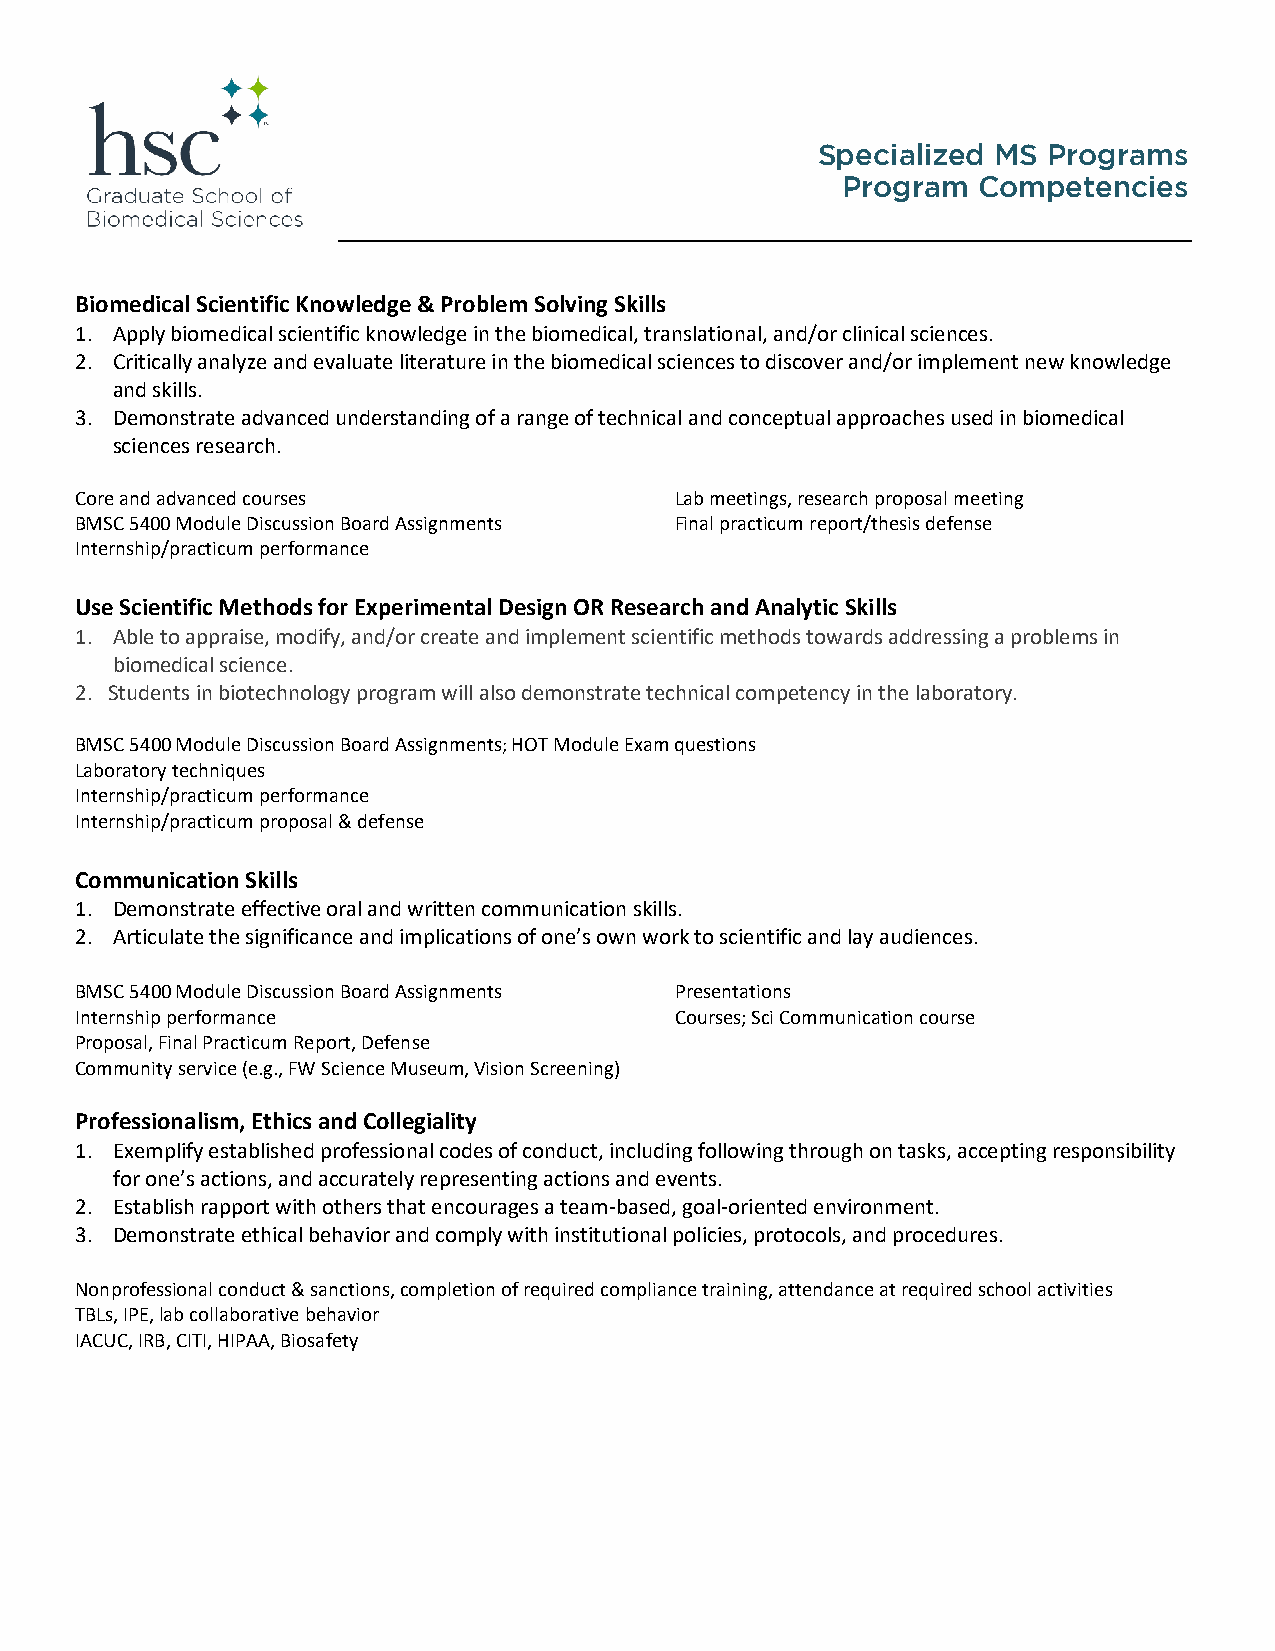
Specialized MS Programs
 Program  Competencies
 Biomedical Scientific Knowledge & Problem Solving Skills
 1. Apply biomedical scientific knowledge in the biomedical, translational, and/or clinical sciences.
 2. Critically analyze and evaluate literature in the biomedical sciences to discover and/or implement new knowledge
 and skills.
 3. Demonstrate advanced understanding of a range of technical and conceptual approaches used in biomedical
 sciences research.
 Core and advanced courses               Lab meetings, research proposal meeting
 BMSC 5400 Module Discussion Board Assignments Final practicum report/thesis defense
 Internship/practicum performance
 Use Scientific Methods for Experimental Design OR Research and Analytic Skills
 1. Able to appraise, modify, and/or create and implement scientific methods towards addressing a problems in
 biomedical science.
 2. Students in biotechnology program will also demonstrate technical competency in the laboratory.
 BMSC 5400 Module Discussion Board Assignments; HOT Module Exam questions
 Laboratory techniques
 Internship/practicum performance
 Internship/practicum proposal & defense
 Communication Skills
 1. Demonstrate effective oral and written communication skills.
 2. Articulate the significance and implications of one’s own work to scientific and lay audiences.
 BMSC 5400 Module Discussion Board Assignments Presentations
 Internship performance                  Courses; Sci Communication course
 Proposal, Final Practicum Report, Defense
 Community service (e.g., FW Science Museum, Vision Screening)
 Professionalism, Ethics and Collegiality
 1. Exemplify established professional codes of conduct, including following through on tasks, accepting responsibility
 for one’s actions, and accurately representing actions and events.
 2. Establish rapport with others that encourages a team-based, goal-oriented environment.
 3. Demonstrate ethical behavior and comply with institutional policies, protocols, and procedures.
 Nonprofessional conduct & sanctions, completion of required compliance training, attendance at required school activities
 TBLs, IPE, lab collaborative behavior
 IACUC, IRB, CITI, HIPAA, Biosafety